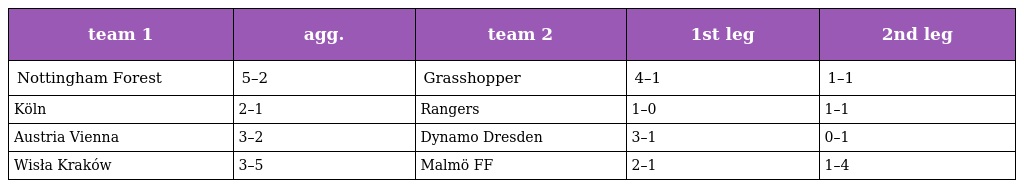
| team 1 | agg. | team 2 | 1st leg | 2nd leg |
 | --- | --- | --- | --- | --- |
 | Nottingham Forest | 5–2 | Grasshopper | 4–1 | 1–1 |
 | Köln | 2–1 | Rangers | 1–0 | 1–1 |
 | Austria Vienna | 3–2 | Dynamo Dresden | 3–1 | 0–1 |
 | Wisła Kraków | 3–5 | Malmö FF | 2–1 | 1–4 |